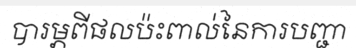
បារម្ភពីផលប៉ះពាល់នៃការបញ្ជា